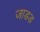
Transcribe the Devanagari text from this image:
जाडड